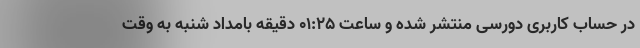
در حساب کاربری دورسی منتشر شده و ساعت ۰۱:۲۵ دقیقه بامداد شنبه به وقت